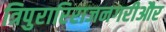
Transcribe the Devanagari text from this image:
त्रिपुरारिराजनगरीऔर